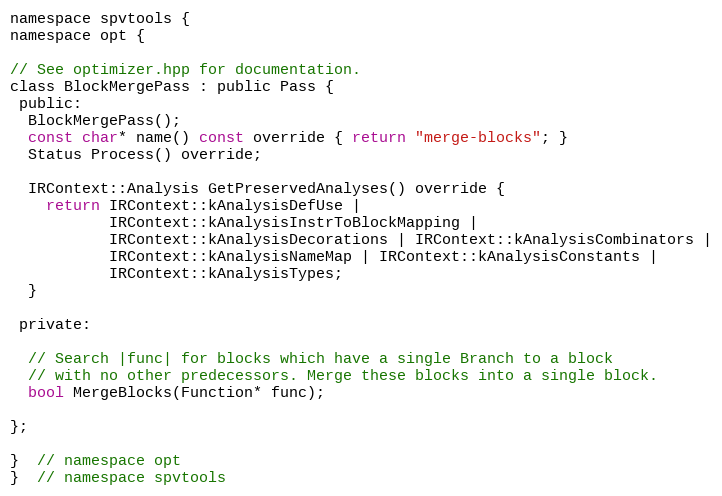
Language: C
namespace spvtools {
namespace opt {

// See optimizer.hpp for documentation.
class BlockMergePass : public Pass {
 public:
  BlockMergePass();
  const char* name() const override { return "merge-blocks"; }
  Status Process() override;

  IRContext::Analysis GetPreservedAnalyses() override {
    return IRContext::kAnalysisDefUse |
           IRContext::kAnalysisInstrToBlockMapping |
           IRContext::kAnalysisDecorations | IRContext::kAnalysisCombinators |
           IRContext::kAnalysisNameMap | IRContext::kAnalysisConstants |
           IRContext::kAnalysisTypes;
  }

 private:

  // Search |func| for blocks which have a single Branch to a block
  // with no other predecessors. Merge these blocks into a single block.
  bool MergeBlocks(Function* func);

};

}  // namespace opt
}  // namespace spvtools